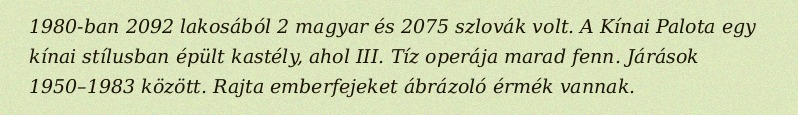
1980-ban 2092 lakosából 2 magyar és 2075 szlovák volt. A Kínai Palota egy kínai stílusban épült kastély, ahol III. Tíz operája marad fenn. Járások 1950–1983 között. Rajta emberfejeket ábrázoló érmék vannak.